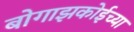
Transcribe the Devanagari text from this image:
बोगाझकोईच्या